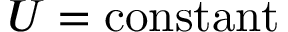
U = { \mathrm { c o n s t a n t } }